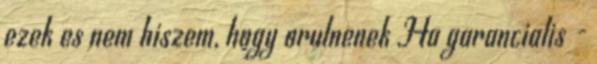
ezek es nem hiszem, hogy orulnenek Ha garancialis -